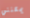
يمكنني